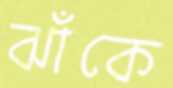
ঝাঁকে